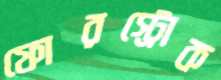
ফোরস্ট্রোক